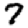
Digit: 7